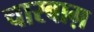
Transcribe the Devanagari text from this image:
चारबाग़